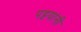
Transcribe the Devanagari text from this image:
पट्टयांनी